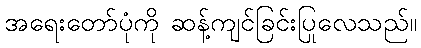
အရေးတော်ပုံကို ဆန့်ကျင်ခြင်းပြုလေသည်။